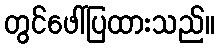
တွင်ဖေါ်ပြထားသည်။